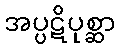
အပ္ပဋိပုစ္ဆာ